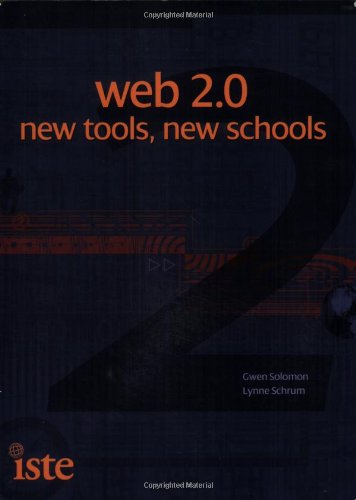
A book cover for Web 2.0: New Tools, New Schools; Gwen Solomon; Computers & Technology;